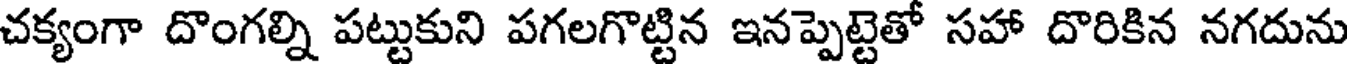
చక్యంగా దొంగల్ని పట్టుకుని పగలగొట్టిన ఇనప్పెట్టెతో సహా దొరికిన నగదును